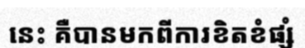
នេះ គឺបានមកពីការខិតខំផ្សំ